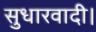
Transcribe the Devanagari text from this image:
सुधारवादी।